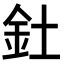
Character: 釷